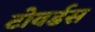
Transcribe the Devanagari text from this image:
टोवर्डस